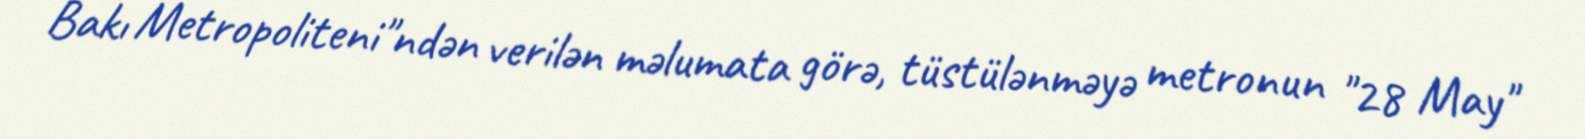
Bakı Metropoliteni"ndən verilən məlumata görə, tüstülənməyə metronun "28 May"